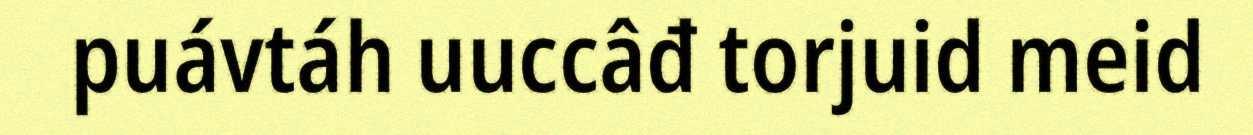
puávtáh uuccâđ torjuid meid